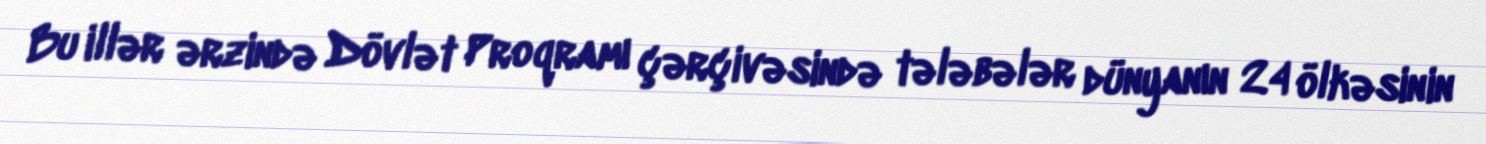
Bu illər ərzində Dövlət Proqramı çərçivəsində tələbələr dünyanın 24 ölkəsinin